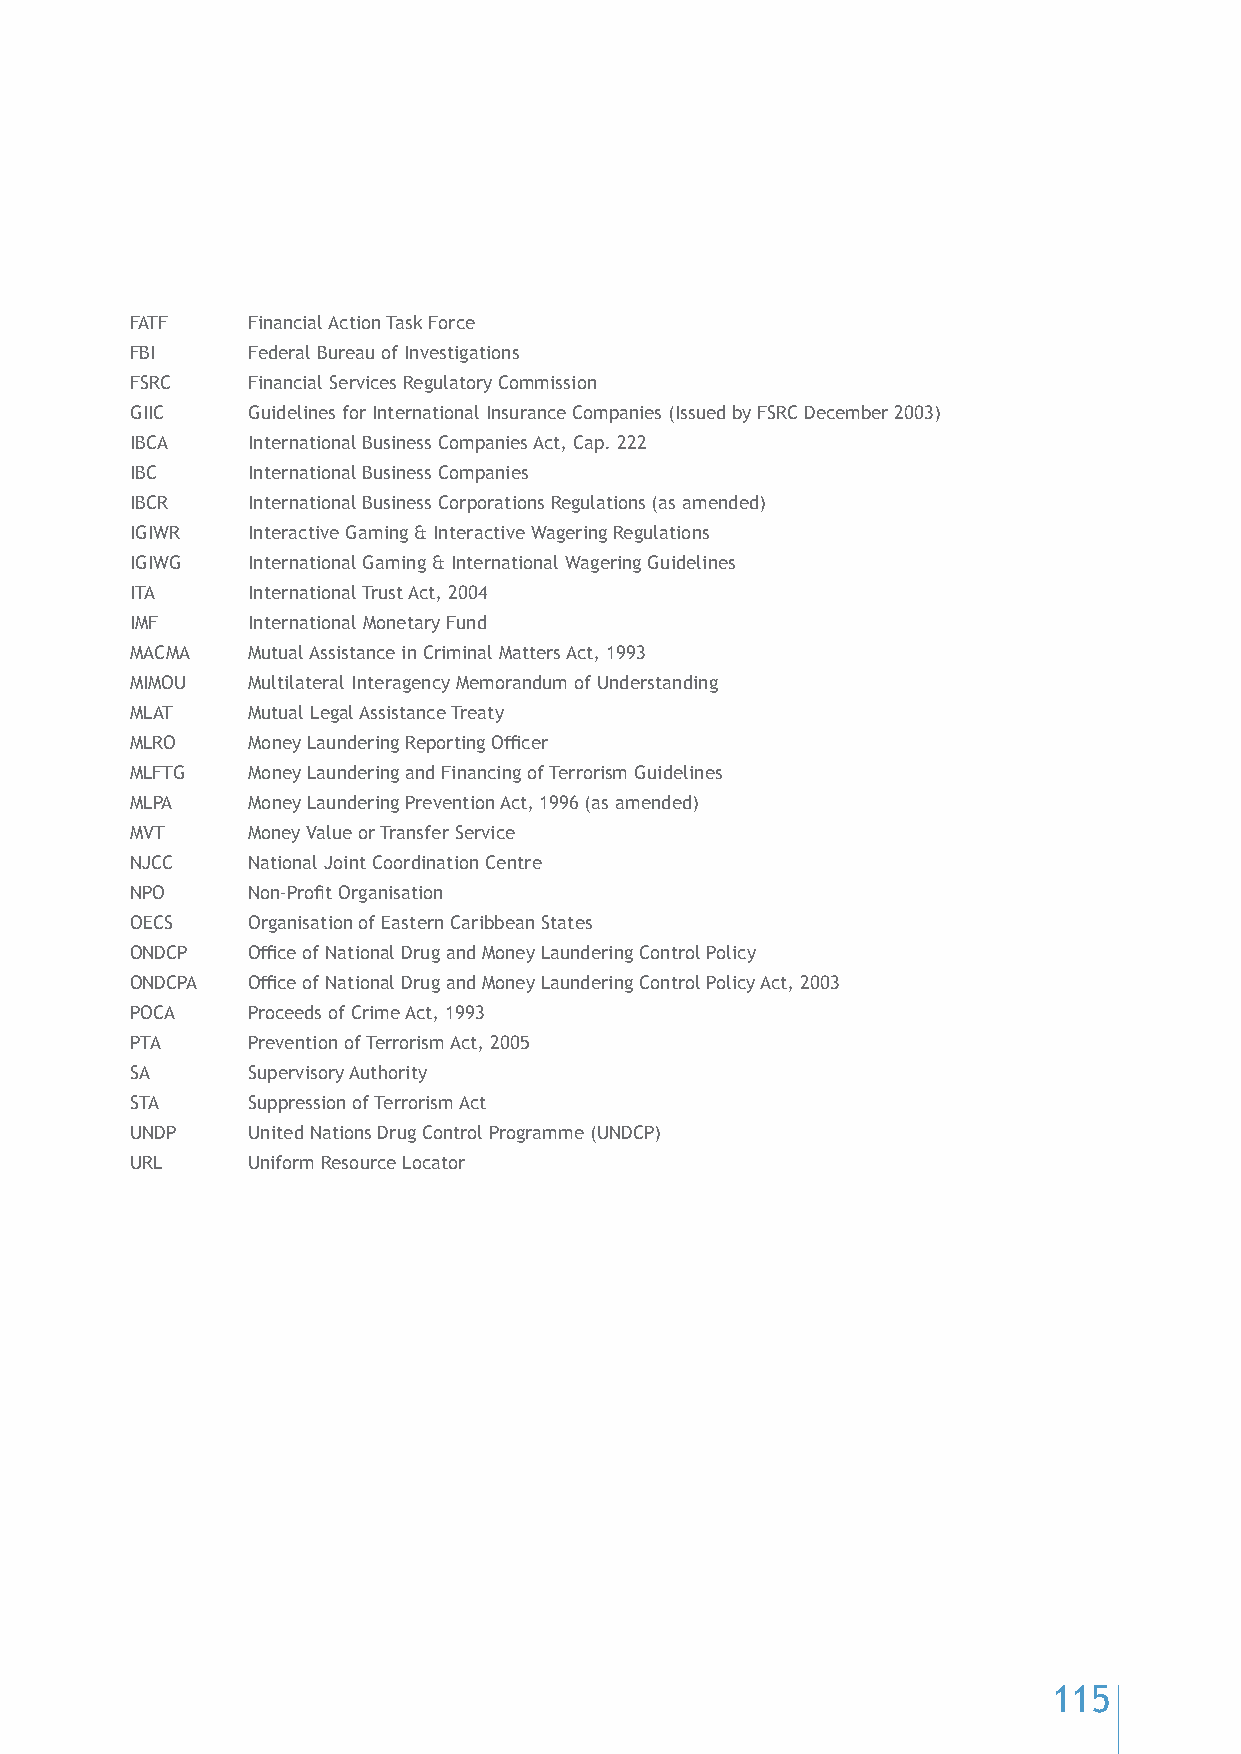
FATF   Financial Action Task Force
 FBI    Federal Bureau of Investigations
 FSRC   Financial Services Regulatory Commission
 GIIC   Guidelines for International Insurance Companies (Issued by FSRC December 2003)
 IBCA   International Business Companies Act, Cap. 222
 IBC    International Business Companies
 IBCR   International Business Corporations Regulations (as amended)
 IGIWR  Interactive Gaming & Interactive Wagering Regulations
 IGIWG  International Gaming & International Wagering Guidelines
 ITA    International Trust Act, 2004
 IMF    International Monetary Fund
 MACMA  Mutual Assistance in Criminal Matters Act, 1993
 MIMOU  Multilateral Interagency Memorandum of Understanding
 MLAT   Mutual Legal Assistance Treaty
 MLRO   Money Laundering Reporting Officer
 MLFTG  Money Laundering and Financing of Terrorism Guidelines
 MLPA   Money Laundering Prevention Act, 1996 (as amended)
 MVT    Money Value or Transfer Service
 NJCC   National Joint Coordination Centre
 NPO    Non-Profit Organisation
 OECS   Organisation of Eastern Caribbean States
 ONDCP  Office of National Drug and Money Laundering Control Policy
 ONDCPA Office of National Drug and Money Laundering Control Policy Act, 2003
 POCA   Proceeds of Crime Act, 1993
 PTA    Prevention of Terrorism Act, 2005
 SA     Supervisory Authority
 STA    Suppression of Terrorism Act
 UNDP   United Nations Drug Control Programme (UNDCP)
 URL    Uniform Resource Locator
 115